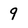
Character: 9